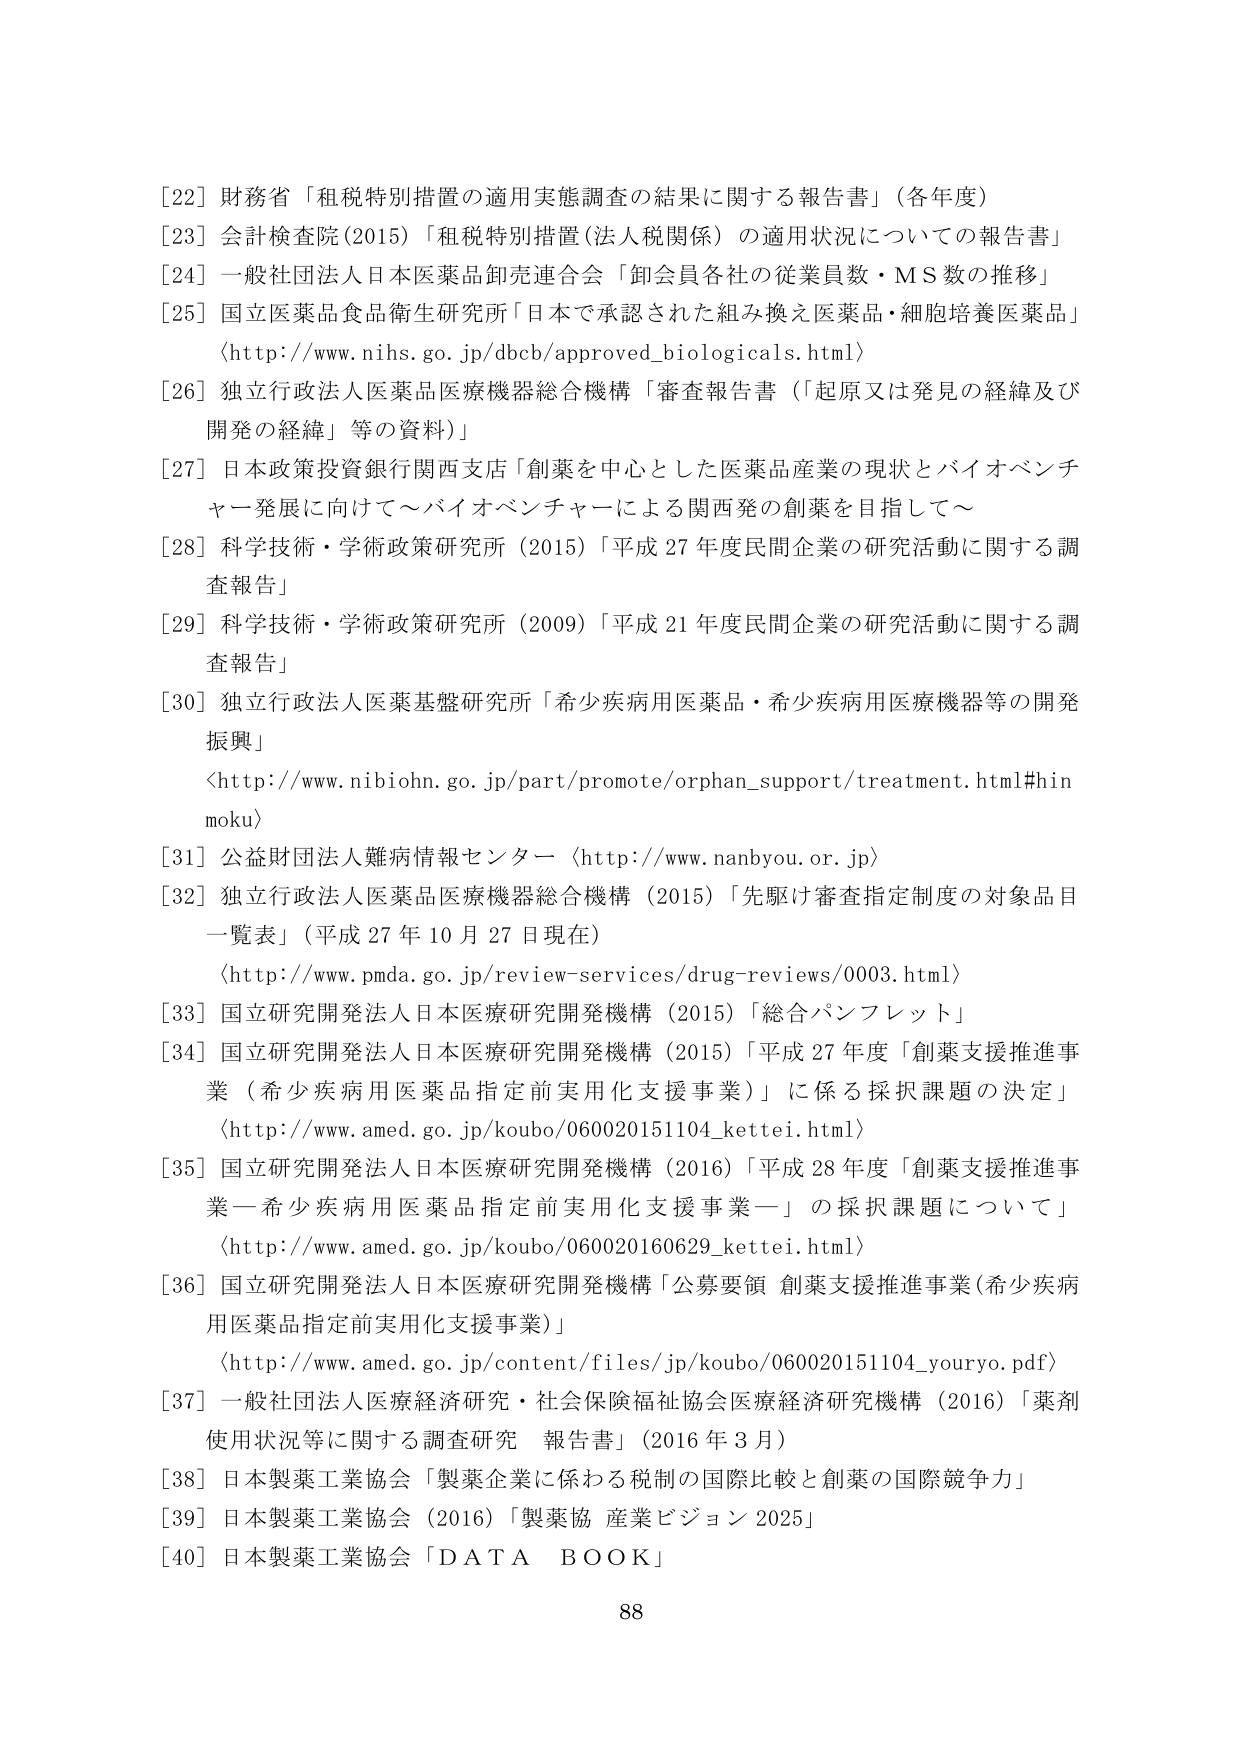
[22] 財務省「租税特別措置の適用実態調査の結果に関する報告書」（各年度）
[23] 会計検査院（2015）「租税特別措置（法人税関係）の適用状況についての報告書」
[24] 一般社団法人日本医薬品卸売連合会「卸会員各社の従業員数・MS数の推移」
[25] 国立医薬品食品衛生研究所「日本で承認された組み換え医薬品・細胞培養医薬品」
（http://www.nihs.go.jp/dcb/approved_biologicals.html）
[26] 独立行政法人医薬品医療機器総合機構「審査報告書（起原又は発見の経緯及び開発の経緯）等の資料」
[27] 日本政策投資銀行関西支店「創薬を中心とした医薬品産業の現状とバイオベンチャー発展に向けて～バイオベンチャーによる関西発の創薬を目指して～」
[28] 科学技術・学術政策研究所（2015）「平成27年度民間企業の研究活動に関する調査報告」
[29] 科学技術・学術政策研究所（2009）「平成21年度民間企業の研究活動に関する調査報告」
[30] 独立行政法人医薬基盤研究所「希少疾病用医薬品・希少疾病用医療機器等の開発振興」
〈http://www.nibiohn.go.jp/part/promote/orphan_support/treatment.html#hinmoku〉
[31] 公益財団法人難病情報センター〈http://www.nanbyou.or.jp〉
[32] 独立行政法人医薬品医療機器総合機構（2015）「先駆け審査指定制度の対象品目一覧表」（平成27年10月27日現在）
〈http://www.pmda.go.jp/review-services/drug-reviews/0003.html〉
[33] 国立研究開発法人日本医療研究開発機構（2015）「総合パンフレット」
[34] 国立研究開発法人日本医療研究開発機構（2015）「平成27年度『創薬支援推進事業（希少疾病用医薬品指定前実用化支援事業）』に係る採択課題の決定」
〈http://www.amed.go.jp/koubo/060020151104_kettei.html〉
[35] 国立研究開発法人日本医療研究開発機構（2016）「平成28年度『創薬支援推進事業－希少疾病用医薬品指定前実用化支援事業－』の採択課題について」
〈http://www.amed.go.jp/koubo/060020160629_kettei.html〉
[36] 国立研究開発法人日本医療研究開発機構「公募要領 創薬支援推進事業（希少疾病用医薬品指定前実用化支援事業）」
〈http://www.amed.go.jp/content/files/jp/koubo/060020151104_youryo.pdf〉
[37] 一般社団法人医療経済研究・社会保険福祉協会医療経済研究機構（2016）「薬剤使用状況等に関する調査研究 報告書」（2016年3月）
[38] 日本製薬工業協会「製薬企業に係わる税制の国際比較と創薬の国際競争力」
[39] 日本製薬工業協会（2016）「製薬協 産業ビジョン2025」
[40] 日本製薬工業協会「DATA BOOK」
88